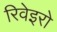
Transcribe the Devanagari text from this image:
रिवेइरो